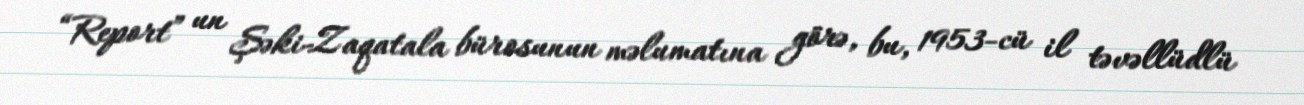
“Report” un Şəki-Zaqatala bürosunun məlumatına görə, bu, 1953-cü il təvəllüdlü